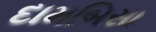
દામબિસા